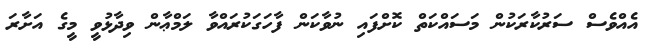
އެއްވެސް ސަރުކާރަކުން މަސައްކަތް ކޮށްފައި ނުވާކަން ފާހަގަކުރައްވާ ލަމްޢާން ވިދާޅުވީ މީގެ އަށާރަ